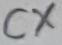
Text: CX